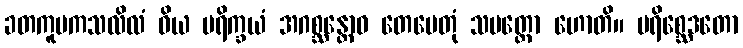
ခတကူပကသလိလံ ဝိယ ပရိက္ခယံ အဂစ္ဆန္တောဝ တေမေတုံ သမတ္ထော ဟောတိ။ ပရိစ္ဆေဒတော